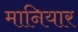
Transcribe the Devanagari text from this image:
मानियार